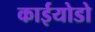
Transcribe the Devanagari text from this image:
काईयोडो